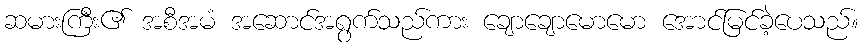
ဆမားကြီး၏ အစီအမံ အဆောင်အရွက်သည်ကား ချောချောမောမော အောင်မြင်ခဲ့ပေသည်။